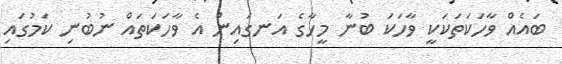
ބައެއް ވާހަކަތަކަކީ ވާހަކަ ބުނާ މީހާގެ އަނގައިން އެ ވާހަކަތައް ނުބުނި ކަމުގައި